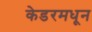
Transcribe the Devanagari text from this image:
केडरमधून